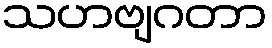
သဟဗျဂတာ